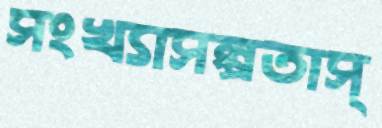
সংখ্যাসল্পতাস্